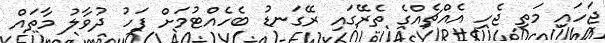
ޖަހައި މަތި ޖެހި އެއްޗެއްގެ ތެރޭގައި ރޭގަނޑު ބެހެއްޓުމަށް ފަހު ދުވާލު މާތައް